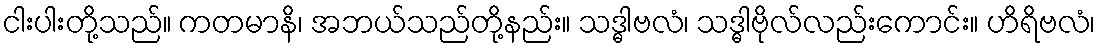
ငါးပါးတို့သည်။ ကတမာနိ၊ အဘယ်သည်တို့နည်း။ သဒ္ဓါဗလံ၊ သဒ္ဓါဗိုလ်လည်းကောင်း။ ဟိရိဗလံ၊